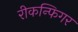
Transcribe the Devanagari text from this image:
रीकन्फिगर